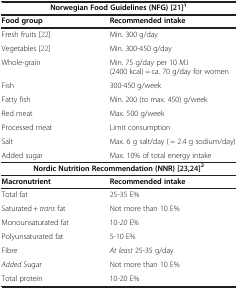
| <COLSPAN=2> Norwegian Food Guidelines (NFG) [21]1 |
 | Food group | Recommended intake |
 | --- | --- |
 | Fresh fruits [22] | Min. 300 g/day |
 | Vegetables [22] | Min. 300-450 g/day |
 | Whole-grain | Min. 75 g/day per 10 MJ (2400 kcal) = ca. 70 g/day for women |
 | Fish | 300-450 g/week |
 | Fatty fish | Min. 200 (to max. 450) g/week |
 | Red meat | Max. 500 g/week |
 | Processed meat | Limit consumption |
 | Salt | Max. 6 g salt/day ( = 2.4 g sodium/day) |
 | Added sugar | Max. 10% of total energy intake |
 | <COLSPAN=2> Nordic Nutrition Recommendation (NNR) [23,24]2 |
 | Macronutrient | Recommended intake |
 | Total fat | 25-35 E% |
 | Saturated + trans fat | Not more than 10 E% |
 | Monounsaturated fat | 10-20 E% |
 | Polyunsaturated fat | 5-10 E% |
 | Fibre | At least 25-35 g/day |
 | Added Sugar | Not more than 10 E% |
 | Total protein | 10-20 E% |